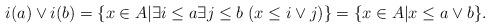
LaTeX: \begin{align*}i(a) \vee i(b)=\{x \in A| \exists i \leq a \exists j \leq b \; (x \leq i \vee j)\} = \{x \in A | x \leq a \vee b\}.\end{align*}